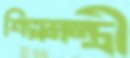
শিল্পমন্ত্রী